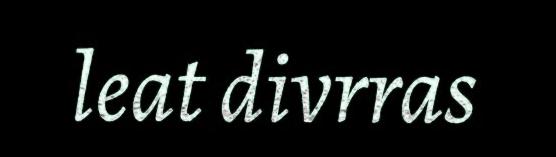
leat divrras